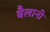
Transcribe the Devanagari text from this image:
बैलानी